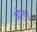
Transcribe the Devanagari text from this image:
ढांचा।